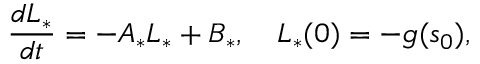
\frac { d L _ { * } } { d t } = - A _ { * } L _ { * } + B _ { * } , \quad L _ { * } ( 0 ) = - g ( s _ { 0 } ) ,